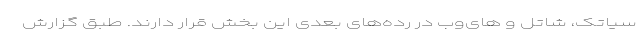
سیاتک، شاتل و های‌وب در رده‌های بعدی این بخش قرار دارند. طبق گزارش